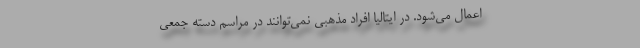
اعمال می‌شود. در ایتالیا افراد مذهبی نمی‌توانند در مراسم دسته جمعی